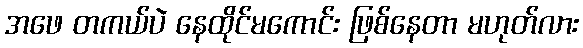
အဖေ တကယ်ပဲ နေထိုင်မကောင်း ဖြစ်နေတာ မဟုတ်လား